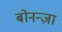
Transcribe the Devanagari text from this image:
बोनन्ज़ा